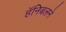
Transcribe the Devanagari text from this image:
हॅनिबलने